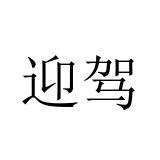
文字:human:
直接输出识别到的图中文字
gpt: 迎驾